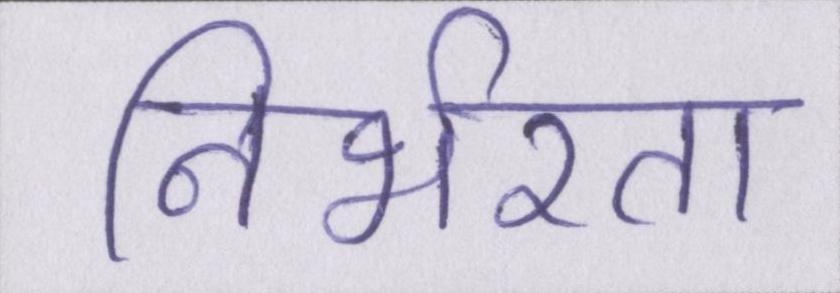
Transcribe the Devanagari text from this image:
निर्भरता